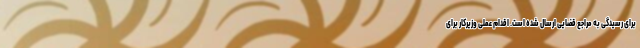
برای رسیدگی به مراجع قضایی ارسال شده است. اقدام عملی وزیرکار برای